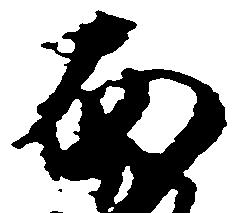
南